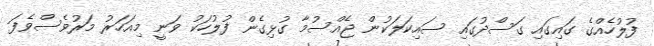
ފުލުހެއްގެ ގައިގައި ގަސްދުގައި ސައިކަލަކުން ޖެއްސުމާ ގުޅިގެން ފުލުހަކު ވަނީ މިއަހަރު މަރުވެސްވެފަ